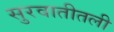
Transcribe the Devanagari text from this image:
सुरवातीतली